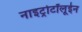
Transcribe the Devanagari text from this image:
नाइट्रोटॉलूईन